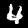
Label: 4